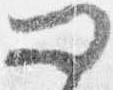
問